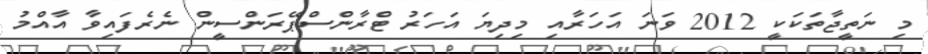
މި ނަތީޖާތަކަކީ 2012 ވަނަ އަހަރާއި މިދިޔަ އަހަރު ޓްރާންސްޕޭރަންސީން ނެރެފައިވާ އާއްމު